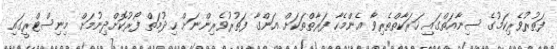
ފަތުރުވެރިކަމުގެ ސިނާއަތްގައި ހަރަކާތްތެރިވާ އެންމެހާ ފަރާތްތަކަށް އަންގާ ފަތުރުވެރިންނަށް ޙިދުމަތް ފޯރުކޮށްދިނުމަށް މިނިސްޓްރީގައި